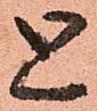
と